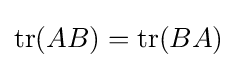
\operatorname {tr} (AB)=\operatorname {tr} (BA)